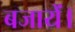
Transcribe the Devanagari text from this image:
बजायें।